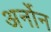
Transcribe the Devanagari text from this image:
अर्नोन